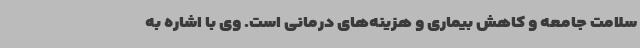
سلامت جامعه و کاهش بیماری و هزینه‌های درمانی است. وی با اشاره به